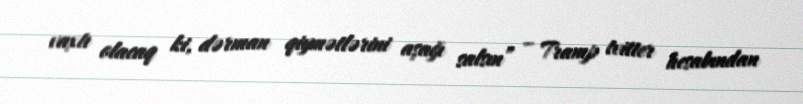
vaxtı olacaq ki, dərman qiymətlərini aşağı salsın” – Tramp tvitter hesabından